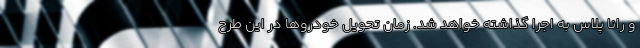
و رانا پلاس به اجرا گذاشته خواهد شد. زمان تحویل خودروها در این طرح